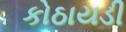
કોઠાયડી